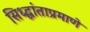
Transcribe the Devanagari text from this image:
सिध्द्धांताप्रमाणे